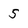
Character: 5